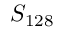
S _ { 1 2 8 }